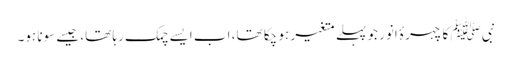
نبیﷺ کا چہرۂ انور جو پہلے متغیر ہو چکا تھا، اب ایسے چمک رہا تھا، جیسے سونا ہو۔